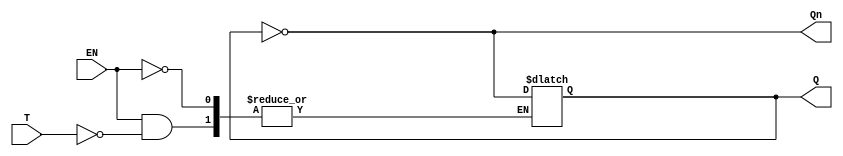
module Gated_T_Latch (
    input wire T,      // Toggle input
    input wire EN,     // Enable signal
    output reg Q,      // Output
    output wire Qn     // Complementary output
);

    assign Qn = ~Q; // Complementary output

    always @(EN or T) begin
        if (EN) begin
            if (T) begin
                Q <= ~Q; // Toggle the output if T is high
            end
            // If T is low, do nothing (Q remains unchanged)
        end
        // If EN is low, do nothing (Q remains unchanged)
    end

endmodule